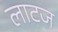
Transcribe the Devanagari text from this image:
लाटज